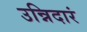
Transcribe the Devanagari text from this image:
उन्निदारं